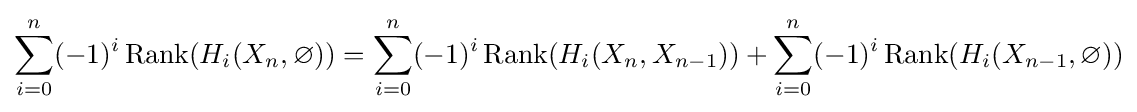
\sum _{i=0}^{n}(-1)^{i}\operatorname {Rank} ({H_{i}}(X_{n},\varnothing ))=\sum _{i=0}^{n}(-1)^{i}\operatorname {Rank} ({H_{i}}(X_{n},X_{n-1}))+\sum _{i=0}^{n}(-1)^{i}\operatorname {Rank} ({H_{i}}(X_{n-1},\varnothing ))